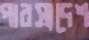
পারস্যদেশ